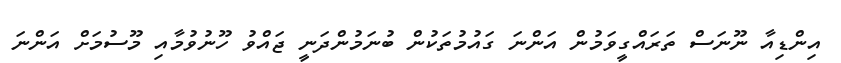
އިންޑިއާ ނޫނަސް ތަރައްގީވަމުން އަންނަ ގައުމުތަކުން ބުނަމުންދަނީ ޖައްވު ހޫނުވުމާއި މޫސުމަށް އަންނަ